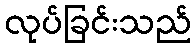
လုပ်ခြင်းသည်